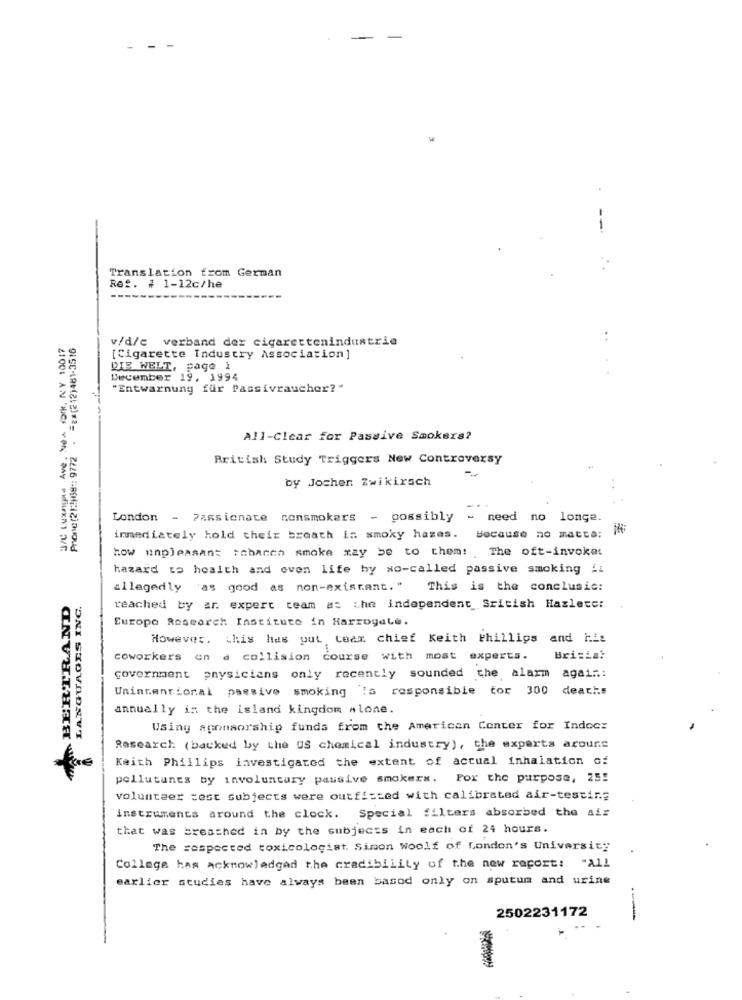
.
Translation from German
Ref. # 1-12c/he
B/C Luxnyaa Ave. New York, NY 10017
Phone(212)69 :: 9772 - = 2*(212)481-3516
v/d/c verband der cigarettenindustrie
[Cigarette Industry Association]
DIE WELT, page 1
December 19, 1994
"Entwarnung für Passivraucher?"
All-Clear for Passive Smokers?
British Study Triggers New Controversy
by Jochen Zwikirsch
-
London - Passionate nonsmokers - possibly - need no longe.
immediately hold their breath in smoky hazes. because no matta:
how unpleasant :chanen smoke may be to them! , The oft-invoke:
hazard to health and even life by xo-called passive smoking !!
allegedly as good as non-existant." This is the conclusic:
NBERTRAND
reached by ar. expert team as the independent Sritish Hazleter
Europe Research Institute in Harroyale.
However, this has put tear chief Keith Phillips and His
coworkers on a collision course with most experts.
Brizia:
Government physicians only recently sounded the alarm again:
Unintentional passivo smoking is responsible for 300 deaths
annually in the island kingdom alone.
Wsing sponsorship funds from the American Center for Indocz
DNI SKOVADNVT
Research (backed by the US chemical industry), the experts acours
Keith Phillips investigated the extent of actual inhalation of
pollutants by involuntary pausive smokerx. For the purpose, 25!
volunteer cest subjects were outfisted with calibrated air-testing
instruments around the clock. Special filters absorbed the Air
that was breathed in by the subjects in each of 24 hours.
The respected toxicologist. Simon Woolf of London's University
College has acknowledged the cradibility of the new report: "All
earlier studies have always been basod only on sputum and urine
2502231172
--
-